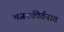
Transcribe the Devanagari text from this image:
भजनकीर्तनात